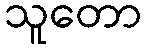
သူတော